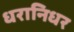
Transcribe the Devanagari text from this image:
धरानिधर